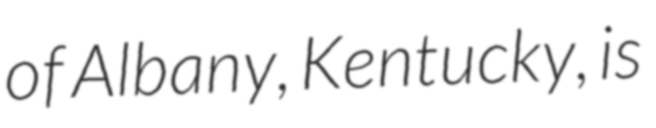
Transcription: of Albany, Kentucky, is